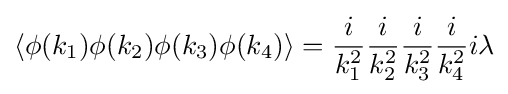
\left\langle \phi (k_{1})\phi (k_{2})\phi (k_{3})\phi (k_{4})\right\rangle ={\frac {i}{k_{1}^{2}}}{\frac {i}{k_{2}^{2}}}{\frac {i}{k_{3}^{2}}}{\frac {i}{k_{4}^{2}}}i\lambda